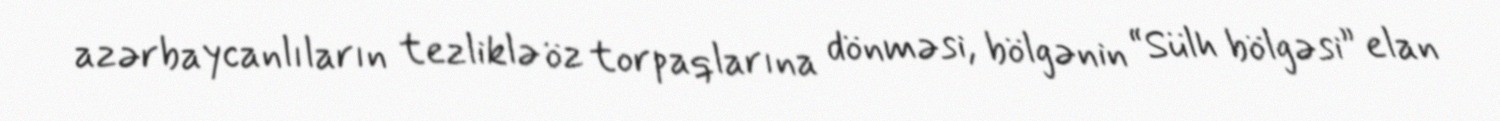
azərbaycanlıların tezliklə öz torpaqlarına dönməsi, bölgənin “Sülh bölgəsi” elan